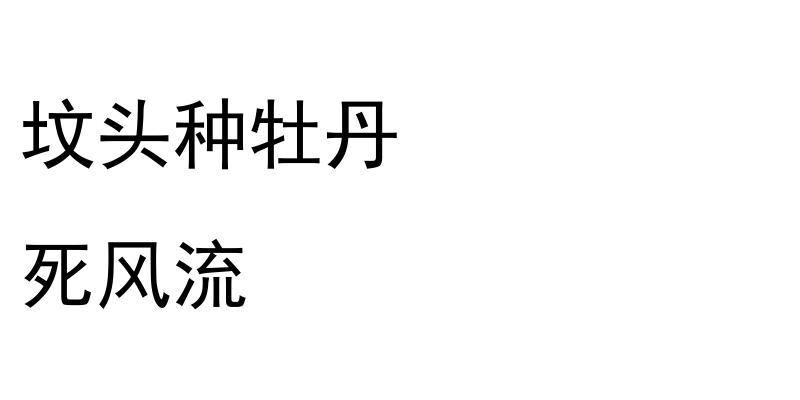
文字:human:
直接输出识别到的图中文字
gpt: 坟头种牡丹 死风流